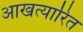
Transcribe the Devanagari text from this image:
आखत्यारित